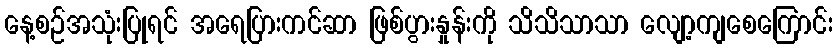
နေ့စဉ်အသုံးပြုရင် အရေပြားကင်ဆာ ဖြစ်ပွားနှုန်းကို သိသိသာသာ လျော့ကျစေကြောင်း